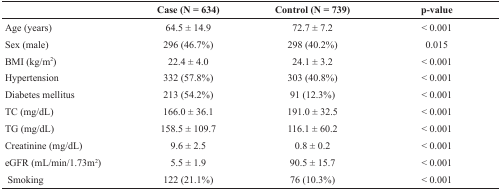
<table><thead><tr><td></td><td><b>Case (N = 634)</b></td><td><b>Control (N = 739)</b></td><td><b>p-value</b></td></tr></thead><tbody><tr><td>Age (years)</td><td>64.5 ± 14.9</td><td>72.7 ± 7.2</td><td>&lt; 0.001</td></tr><tr><td>Sex (male)</td><td>296 (46.7%)</td><td>298 (40.2%)</td><td>0.015</td></tr><tr><td>BMI (kg/m<sup>2</sup>)</td><td>22.4 ± 4.0</td><td>24.1 ± 3.2</td><td>&lt; 0.001</td></tr><tr><td>Hypertension</td><td>332 (57.8%)</td><td>303 (40.8%)</td><td>&lt; 0.001</td></tr><tr><td>Diabetes mellitus</td><td>213 (54.2%)</td><td>91 (12.3%)</td><td>&lt; 0.001</td></tr><tr><td>TC (mg/dL)</td><td>166.0 ± 36.1</td><td>191.0 ± 32.5</td><td>&lt; 0.001</td></tr><tr><td>TG (mg/dL)</td><td>158.5 ± 109.7</td><td>116.1 ± 60.2</td><td>&lt; 0.001</td></tr><tr><td>Creatinine (mg/dL)</td><td>9.6 ± 2.5</td><td>0.8 ± 0.2</td><td>&lt; 0.001</td></tr><tr><td>eGFR (mL/min/1.73m<sup>2</sup>)</td><td>5.5 ± 1.9</td><td>90.5 ± 15.7</td><td>&lt; 0.001</td></tr><tr><td>Smoking</td><td>122 (21.1%)</td><td>76 (10.3%)</td><td>&lt; 0.001</td></tr></tbody></table>